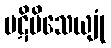
ပဋိပိသေယျုံ